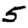
Digit: 5